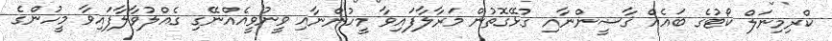
ކްރިމިނަލް ކޯޓުގެ ބައެއް ޤާޟީންނާއި ގުޅޭގޮތުން މަރާލާފައިވާ މީހުންނާއި ވީނުވީއެއްނޭގި ގެއްލުވާލާފައިވާ މީހުންގެ